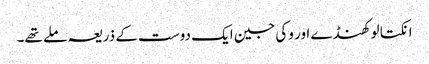
انکتا لوکھنڈے اور وکی جین ایک دوست کے ذریعہ ملے تھے۔